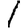
Digit: 1